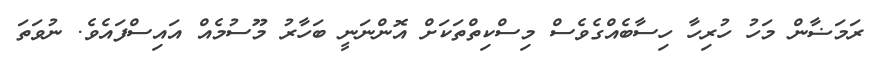
ރަމަޟާން މަހު ހުރިހާ ހިސާބެއްގެވެސް މިސްކިތްތަކަށް އޮންނަނީ ބަހާރު މޫސުމެއް އައިސްފައެވެ. ނުވަތަ